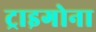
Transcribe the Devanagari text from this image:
ट्राइगोना